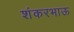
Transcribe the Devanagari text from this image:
शंकरभाऊ